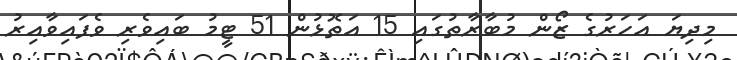
މިދިޔަ އަހަރުގެ ޒޯން މުބާރާތުގައި 15 އަތޮޅުން 51 ޓީމު ބައިވެރި ވެފައިވާއިރު